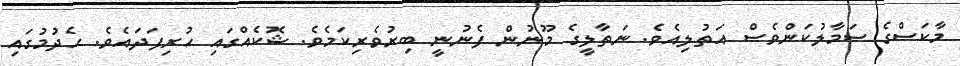
މާކަސްގެ ސަމާލުކަންވެސް އަތުލިއެވެ. ނަތާލީގެ މޫނުން ފެނުނީ ބިރުވެރިކަމެވެ. ޝޮކެއްގައި ހުރިފަދައެވެ. ހެދުމުގައި